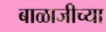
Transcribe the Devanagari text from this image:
बाळाजीच्या